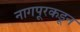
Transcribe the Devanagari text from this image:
नागपूरकडून